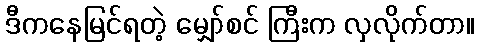
ဒီကနေမြင်ရတဲ့ မျှော်စင် ကြီးက လှလိုက်တာ။